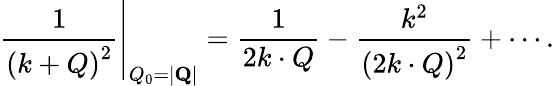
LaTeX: \left.\frac{1}{\left(k+Q\right)^{2}}\right|_{Q_{0}=|{\mathbf Q}|}=\frac{1}{2k\cdot Q}-\frac{k^{2}}{\left(2k\cdot Q\right)^{2}}+\cdots.